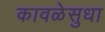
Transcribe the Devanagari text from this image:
कावळेसुधा